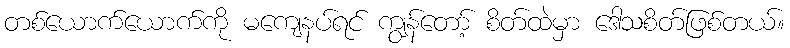
တစ်ယောက်ယောက်ကို မကျေနပ်ရင် ကျွန်တော့် စိတ်ထဲမှာ ဒေါသစိတ်ဖြစ်တယ်။